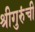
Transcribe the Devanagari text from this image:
श्रीगुरुंची